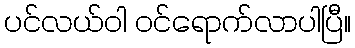
ပင်လယ်ဝါ ဝင်ရောက်လာပါပြီ။